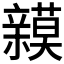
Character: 𮄾